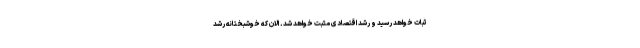
ثبات خواهد رسید و رشد اقتصادی مثبت خواهد شد. الان که خوشبختانه رشد